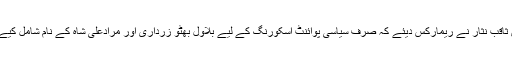
جسٹس ثاقب نثار نے ریمارکس دیئے کہ صرف سیاسی پوائنٹ اسکورنگ کے لیے بلاول بھٹو زرداری اور مرادعلی شاہ کے نام شامل کیے گئے۔